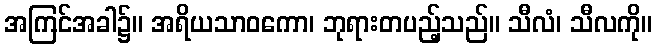
အကြင်အခါ၌။ အရိယသာဝကော၊ ဘုရားတပည့်သည်။ သီလံ၊ သီလကို။